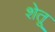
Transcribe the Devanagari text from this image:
शेतू